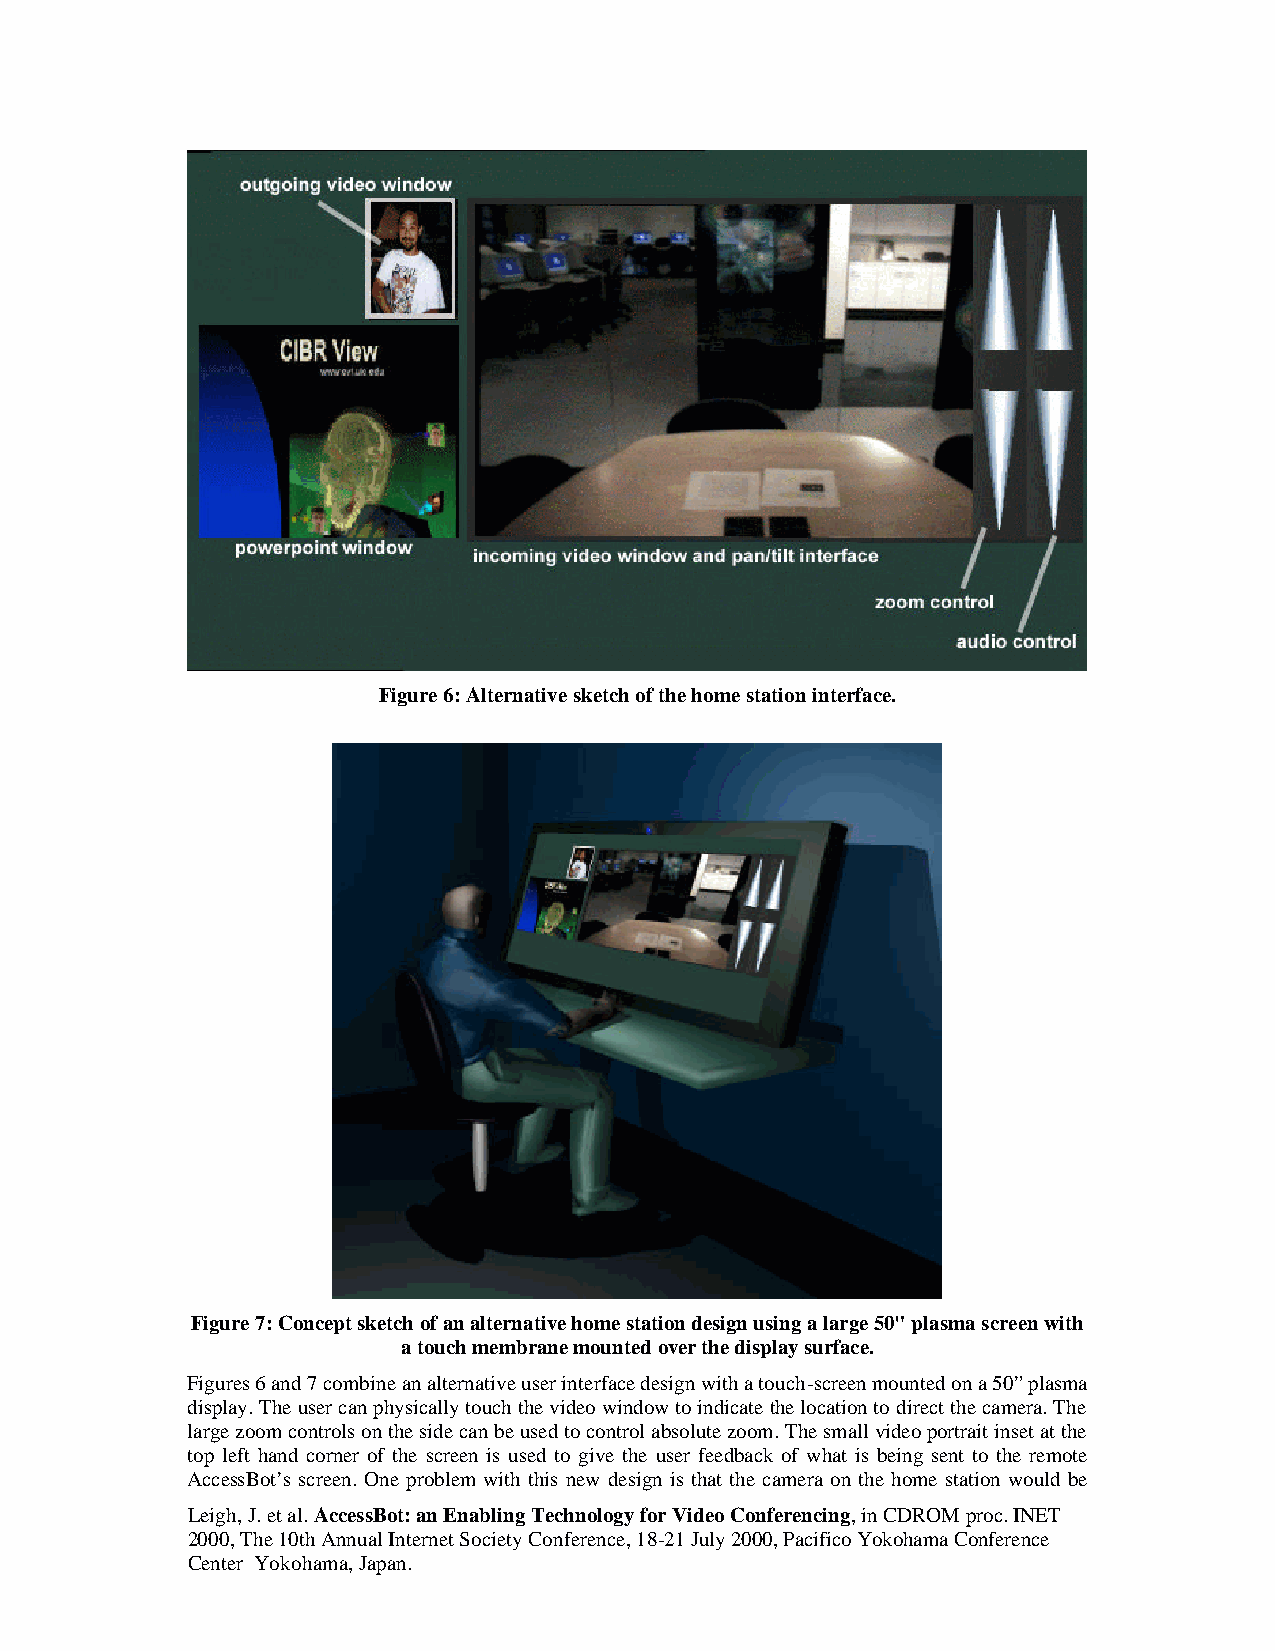
Figure 6: Alternative sketch of the home station interface.
 Figure 7: Concept sketch of an alternative home station design using a large 50" plasma screen with
 a touch membrane mounted over the display surface.
 Figures 6 and 7 combine an alternative user interface design with a touch-screen mounted on a 50” plasma
 display. The user can physically touch the video window to indicate the location to direct the camera. The
 large zoom controls on the side can be used to control absolute zoom. The small video portrait inset at the
 top left hand corner of the screen is used to give the user feedback of what is being sent to the remote
 AccessBot’s screen. One problem with this new design is that the camera on the home station would be
 Leigh, J. et al. AccessBot: an Enabling Technology for Video Conferencing, in CDROM proc. INET
 2000, The 10th Annual Internet Society Conference, 18-21 July 2000, Pacifico Yokohama Conference
 Center Yokohama, Japan.